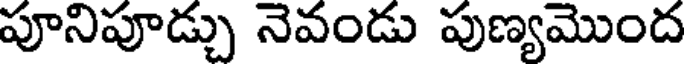
పూనిపూడ్చు నెవండు పుణ్యమొంద